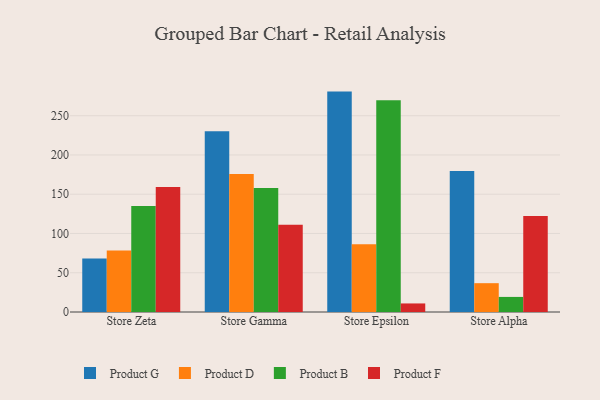
{"axis": {"x": "Store", "y": "Satisfaction Score"}, "legend": ["Product B", "Product D", "Product F", "Product G"], "data": [{"x": "Store Zeta", "y": 68.0, "type": "Product G"}, {"x": "Store Zeta", "y": 78.4, "type": "Product D"}, {"x": "Store Zeta", "y": 134.9, "type": "Product B"}, {"x": "Store Zeta", "y": 159.2, "type": "Product F"}, {"x": "Store Gamma", "y": 230.2, "type": "Product G"}, {"x": "Store Gamma", "y": 175.7, "type": "Product D"}, {"x": "Store Gamma", "y": 157.8, "type": "Product B"}, {"x": "Store Gamma", "y": 111.0, "type": "Product F"}, {"x": "Store Epsilon", "y": 280.7, "type": "Product G"}, {"x": "Store Epsilon", "y": 86.4, "type": "Product D"}, {"x": "Store Epsilon", "y": 269.6, "type": "Product B"}, {"x": "Store Epsilon", "y": 10.9, "type": "Product F"}, {"x": "Store Alpha", "y": 179.6, "type": "Product G"}, {"x": "Store Alpha", "y": 36.7, "type": "Product D"}, {"x": "Store Alpha", "y": 19.2, "type": "Product B"}, {"x": "Store Alpha", "y": 122.3, "type": "Product F"}]}